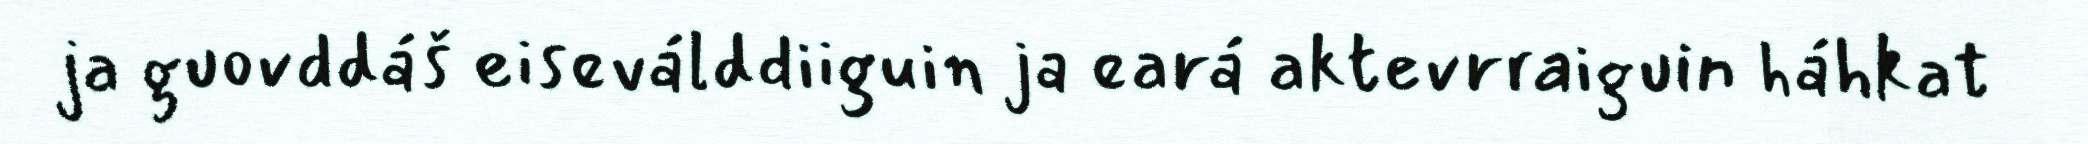
ja guovddáš eiseválddiiguin ja eará aktevrraiguin háhkat